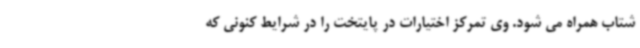
شتاب همراه می شود. وی تمرکز اختیارات در پایتخت را در شرایط کنونی که